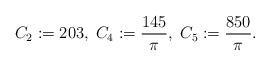
LaTeX: \begin{align*}C_{2}:= 203, \; C_{4}:=\frac{145}{\pi},\; C_{5}:= \frac{850}{\pi}.\end{align*}